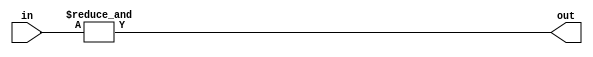

// test_simulation_techmap_and_19_tech.v
module f1_TECH_AND18(input [17:0] in, output out);
assign out = &in;
endmodule

module f1_TECH_AND4(input [3:0] in, output out);
assign out = &in;
endmodule

// test_simulation_techmap_and_5_tech.v
module f2_TECH_AND5(input [4:0] in, output out);
assign out = &in;
endmodule

// test_simulation_techmap_nand_19_tech.v
module f3_TECH_NAND18(input [17:0] in, output out);
assign out = ~(&in);
endmodule

module f3_TECH_NAND4(input [3:0] in, output out);
assign out = ~(&in);
endmodule

module f3_TECH_NAND2(input [1:0] in, output out);
assign out = ~(&in);
endmodule

// test_simulation_techmap_nand_2_tech.v
module f4_TECH_NAND18(input [17:0] in, output out);
assign out = ~(&in);
endmodule

module f4_TECH_NAND4(input [3:0] in, output out);
assign out = ~(&in);
endmodule

module f4_TECH_NAND2(input [1:0] in, output out);
assign out = ~(&in);
endmodule

// test_simulation_techmap_nand_5_tech.v
module f5_TECH_NAND18(input [17:0] in, output out);
assign out = ~(&in);
endmodule

module f5_TECH_NAND4(input [3:0] in, output out);
assign out = ~(&in);
endmodule

module f5_TECH_NAND2(input [1:0] in, output out);
assign out = ~(&in);
endmodule

// test_simulation_techmap_nor_19_tech.v
module f6_TECH_NOR18(input [17:0] in, output out);
assign out = ~(|in);
endmodule

module f6_TECH_NOR4(input [3:0] in, output out);
assign out = ~(|in);
endmodule

module f6_TECH_NOR2(input [1:0] in, output out);
assign out = ~(|in);
endmodule

// test_simulation_techmap_nor_2_tech.v
module f7_TECH_NOR18(input [17:0] in, output out);
assign out = ~(|in);
endmodule

module f7_TECH_NOR4(input [3:0] in, output out);
assign out = ~(|in);
endmodule

module f7_TECH_NOR2(input [1:0] in, output out);
assign out = ~(|in);
endmodule

// test_simulation_techmap_nor_5_tech.v
module f8_TECH_NOR18(input [17:0] in, output out);
assign out = ~(|in);
endmodule

module f8_TECH_NOR4(input [3:0] in, output out);
assign out = ~(|in);
endmodule

module f8_TECH_NOR2(input [1:0] in, output out);
assign out = ~(|in);
endmodule

// test_simulation_techmap_or_19_tech.v
module f9_TECH_OR18(input [17:0] in, output out);
assign out = |in;
endmodule

module f9_TECH_OR4(input [3:0] in, output out);
assign out = |in;
endmodule

// test_simulation_techmap_or_5_tech.v
module f10_TECH_OR5(input [4:0] in, output out);
assign out = |in;
endmodule

// test_simulation_techmap_xnor_2_tech.v
module f11_TECH_XOR5(input [4:0] in, output out);
assign out = in[0] ^ in[1] ^ in[2] ^ in[3] ^ in[4];
endmodule
module f11_TECH_XOR2(input [1:0] in, output out);
assign out = in[0] ^ in[1];
endmodule

// test_simulation_techmap_xnor_5_tech.v
module f12_TECH_XOR5(input [4:0] in, output out);
assign out = in[0] ^ in[1] ^ in[2] ^ in[3] ^ in[4];
endmodule
module f12_TECH_XOR2(input [1:0] in, output out);
assign out = in[0] ^ in[1];
endmodule

// test_simulation_techmap_xor_19_tech.v
module f13_TECH_XOR2(input [1:0] in, output out);
assign out = in[0] ^ in[1];
endmodule

// test_simulation_techmap_xor_2_tech.v
module f14_TECH_XOR5(input [4:0] in, output out);
assign out = in[0] ^ in[1] ^ in[2] ^ in[3] ^ in[4];
endmodule
module f14_TECH_XOR2(input [1:0] in, output out);
assign out = in[0] ^ in[1];
endmodule

// test_simulation_techmap_xor_5_tech.v
module f15_TECH_XOR5(input [4:0] in, output out);
assign out = in[0] ^ in[1] ^ in[2] ^ in[3] ^ in[4];
endmodule
module f15_TECH_XOR2(input [1:0] in, output out);
assign out = in[0] ^ in[1];
endmodule